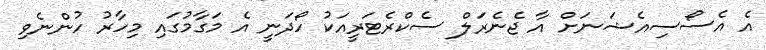
އެ އެސޯސިއެޝަނަށް އާ ޖެނެރަލް ސެކްރެޓަރީއަކު ހޯދަނީ އެ މަގާމުގައި މިހާރު ހުންނެވި